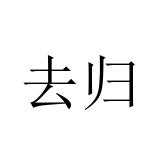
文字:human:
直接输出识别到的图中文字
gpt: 去归